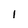
Character: I